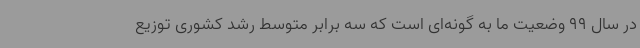
در سال 99 وضعیت ما به گونه‌ای است که سه برابر متوسط رشد کشوری توزیع